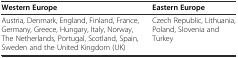
<table><thead><tr><td><b>Western Europe</b></td><td><b>Eastern Europe</b></td></tr></thead><tbody><tr><td>Austria, Denmark, England, Finland, France, Germany, Greece, Hungary, Italy, Norway, The Netherlands, Portugal, Scotland, Spain, Sweden and the United Kingdom (UK)</td><td>Czech Republic, Lithuania, Poland, Slovenia and Turkey</td></tr></tbody></table>